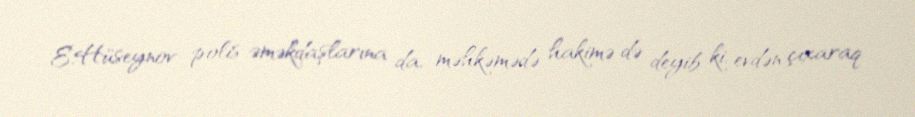
E.Hüseynov polis əməkdaşlarına da, məhkəmədə hakimə də deyib ki, evdən çıxaraq